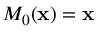
M _ { 0 } ( { \bf x } ) = { \bf x }